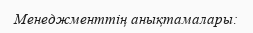
Менеджменттің анықтамалары: